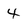
Character: 4